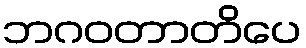
ဘဂဝတာတိပေ